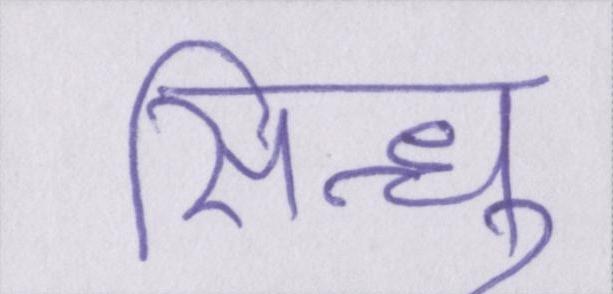
सिन्धु